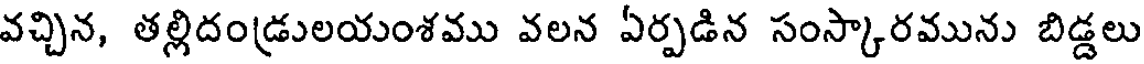
వచ్చిన, తల్లిదండ్రులయంశము వలన ఏర్పడిన సంస్కారమును బిడ్డలు